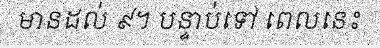
មានដល់ ៩។ បន្ទាប់ទៅ ពេលនេះ